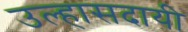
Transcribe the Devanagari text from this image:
उल्हासदायी